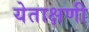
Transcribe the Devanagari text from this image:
येताक्षणी